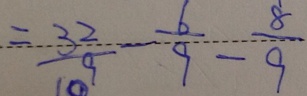
= \frac { 3 2 } { 9 } - \frac { 6 } { 9 } - \frac { 8 } { 9 }